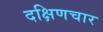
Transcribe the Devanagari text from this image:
दक्षिणचार